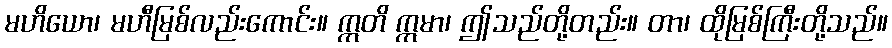
မဟိယော၊ မဟီမြစ်လည်းကောင်း။ ဣတိ ဣမာ၊ ဤသည်တို့တည်း။ တာ၊ ထိုမြစ်ကြီးတို့သည်။